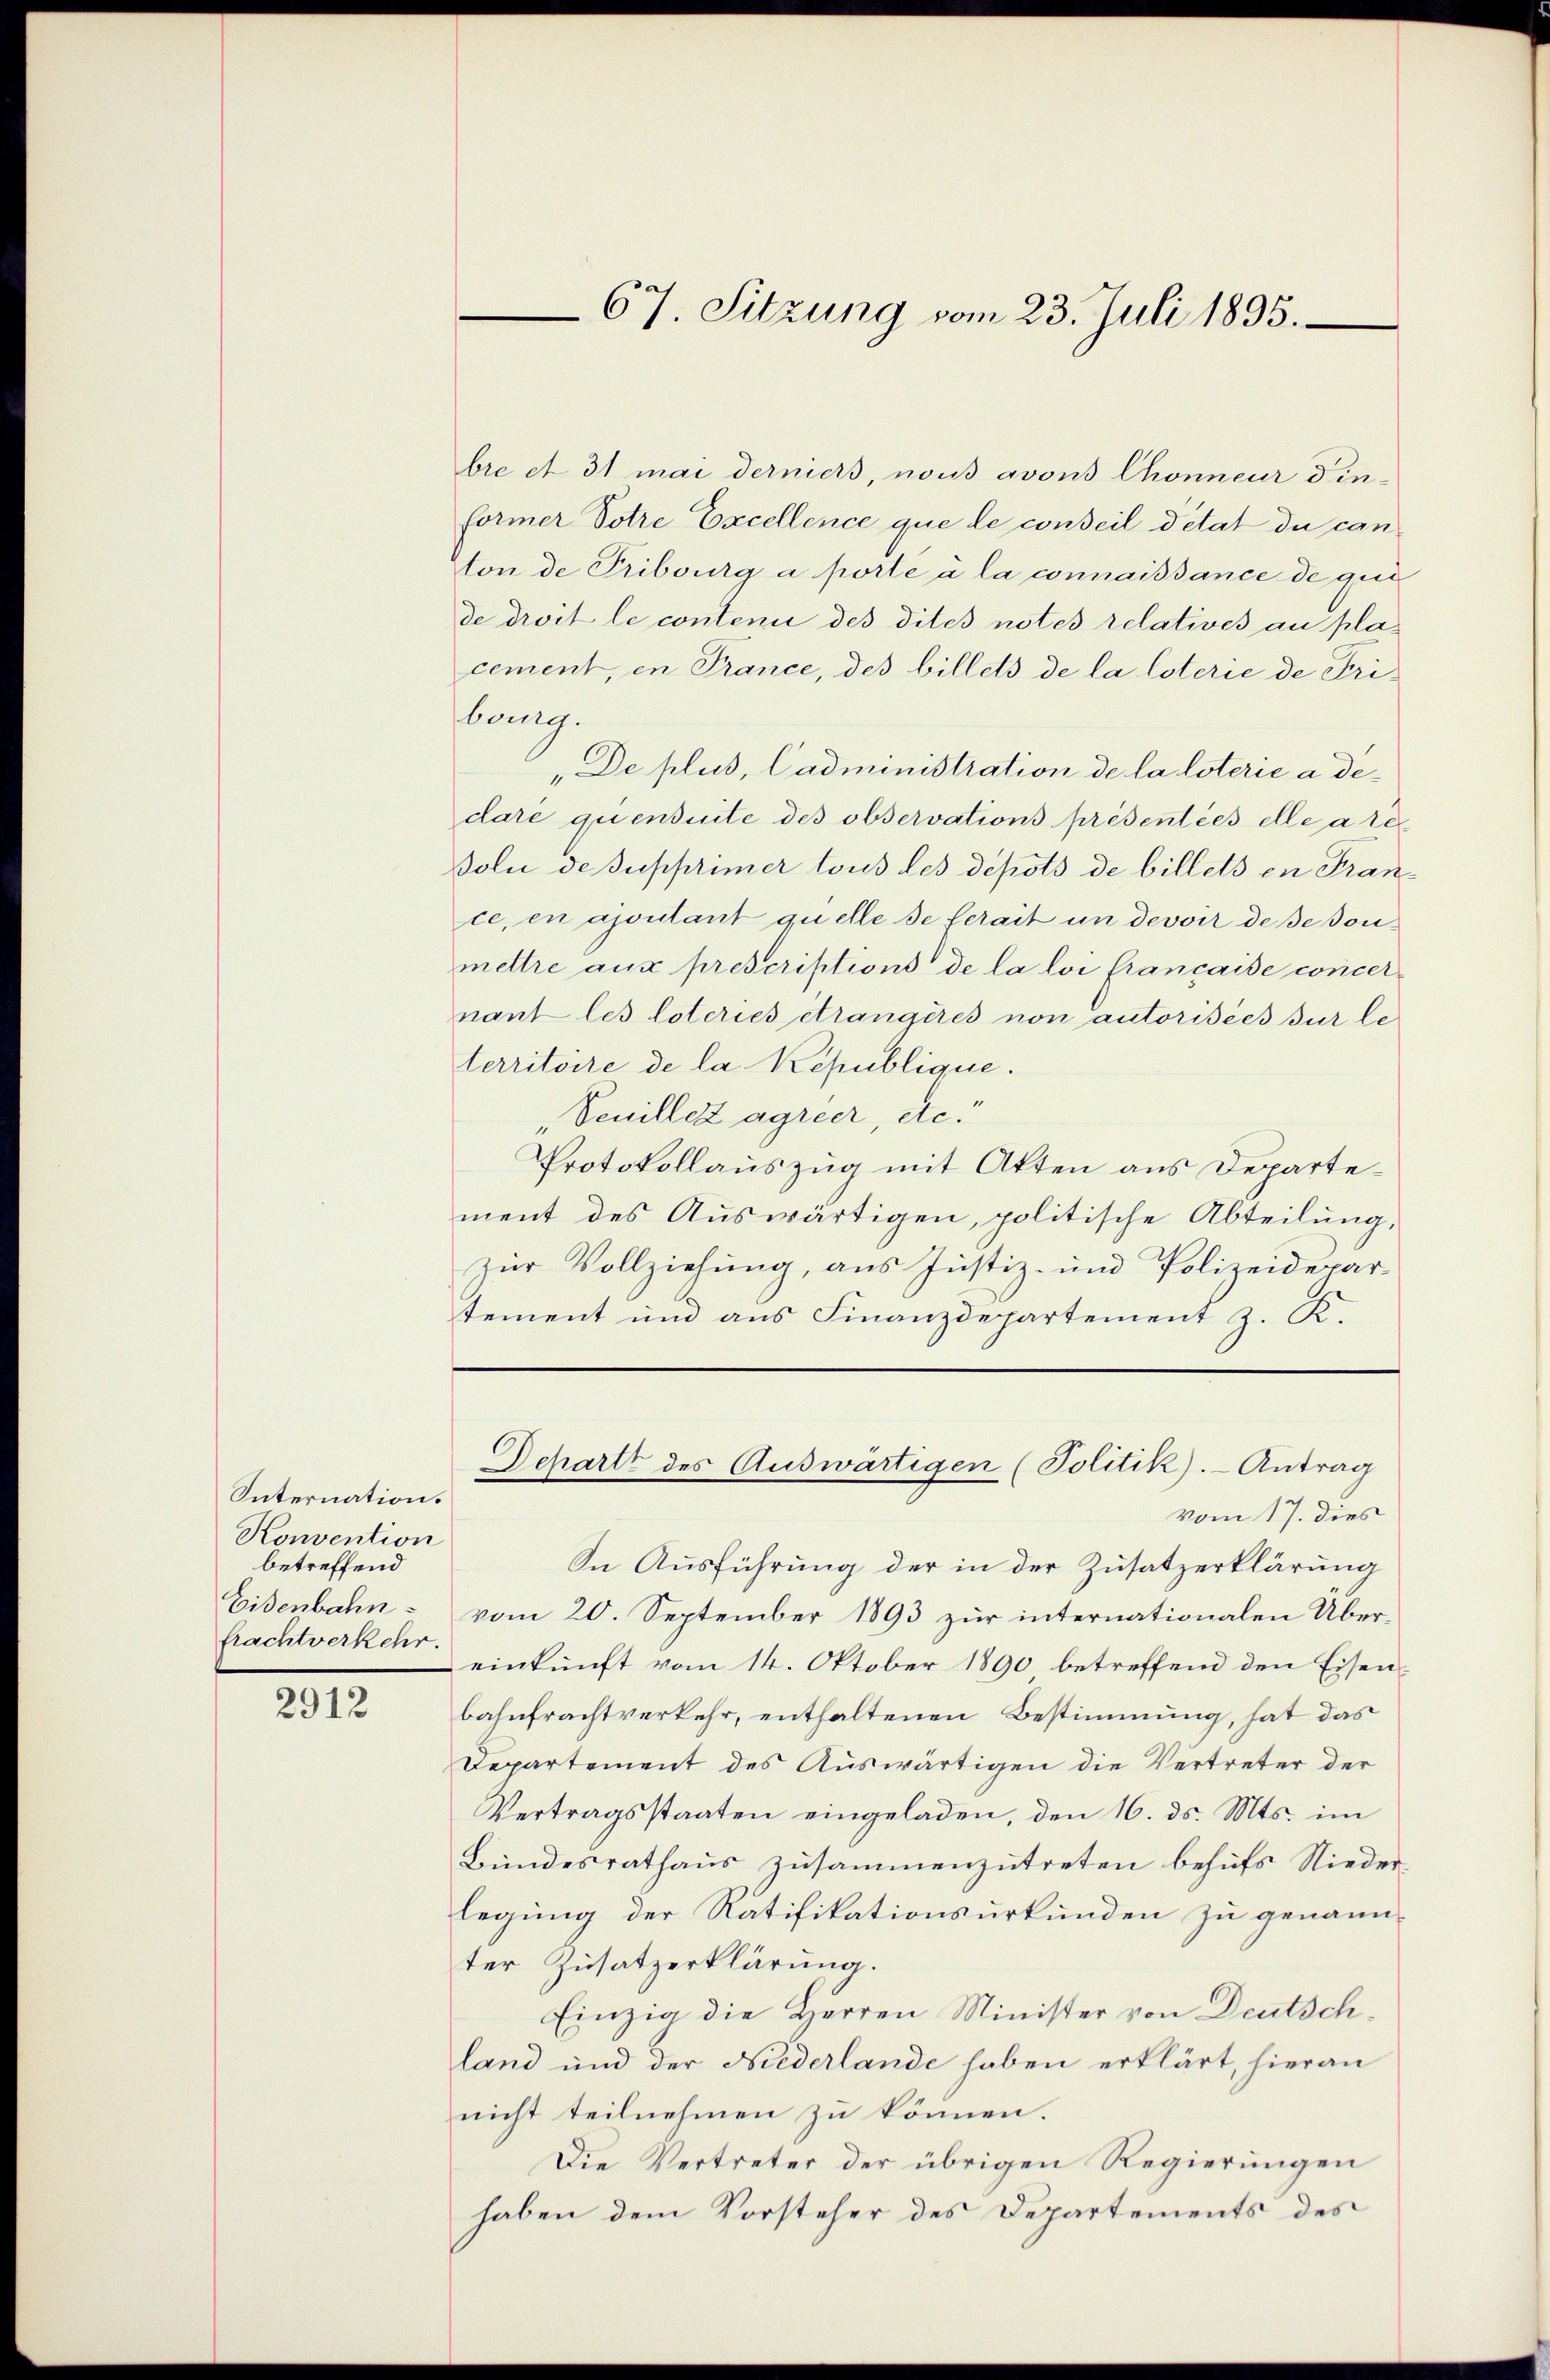
Internation.
Konvention
betreffend
brachtverkehr.

2912

bre et 31 mai derniers, nous avons Chonneur Fin-
former Potre Excellence que le conseil détat du canton de Tribourg a porte à la connaissance de qui
de droit le contenii des dites notes relatives au placement, in France, des billets de la loterie de Fribung.
„De plus, Cadministration de la loterie a dedare quensuite des observations présentées elle are
Dolu de supprimer tous les depots de billets in France, en ajoutant quelle de serait in devoir de se sonmettre aux prescriptions de la loi française concernant les loteries étrangères non autorisées sur le
territoire de la République.
„Veuillez agrier, etc.
Protokollauszug mit Akten aus Departement des Aŭswärtigen, politische Abteilŭng,
zur Vollziehung, aus Justiz- und Polizeidepar-
tement und aus Finanzdepartement z. K.
Schartz des Auswärtigen (Politik. - Antrag
vom 17. dies
In Ausführung der in der Zusatzerklärung
Eisenbahn vom 20. September 1893 zur internationalen Übereinkunft vom 14. Oktober 1890 betreffend den Eisen-
bahnfrachtverkehr, enthaltenen Bestimmung, hat das
Departement des Auswärtigen die Vertreter der
Vertragsstaaten eingeladen, den 16. ds. Mts. im
Bundesrathaus zusammenzutreten behufs Niederlegung der Ratifikationsurkunden zu genannter Zusatzerklärung.
Einzig die Herren Minister von Deutschland und der Niederlande haben erklärt, hieran
nicht teilnehmen zu können.
Die Vertreter der übrigen Regierungen
haben dem Vorsteher des Departements des

67. Sitzung vom 23. Juli 1895.